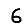
Digit: 6